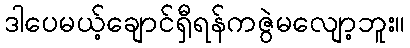
ဒါပေမယ့်ချောင်ရှီရန်ကဇွဲမလျော့ဘူး။